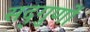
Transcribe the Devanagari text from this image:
सद्‌गुणों